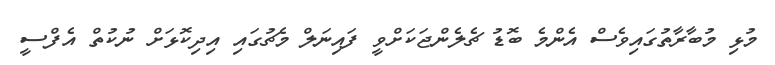
މުޅި މުބާރާތުގައިވެސް އެންމެ ބޮޑު ޗެލެންޖަކަށްވީ ފައިނަލް މެޗުގައި އިދިކޮޅަށް ނުކުތް އެފްސީ